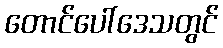
တောင်ပေါ်ဒေသတွင်